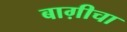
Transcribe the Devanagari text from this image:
बाग़ीचा